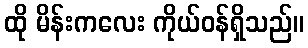
ထို မိန်းကလေး ကိုယ်ဝန်ရှိသည်။